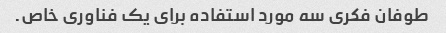
طوفان فکری سه مورد استفاده برای یک فناوری خاص.